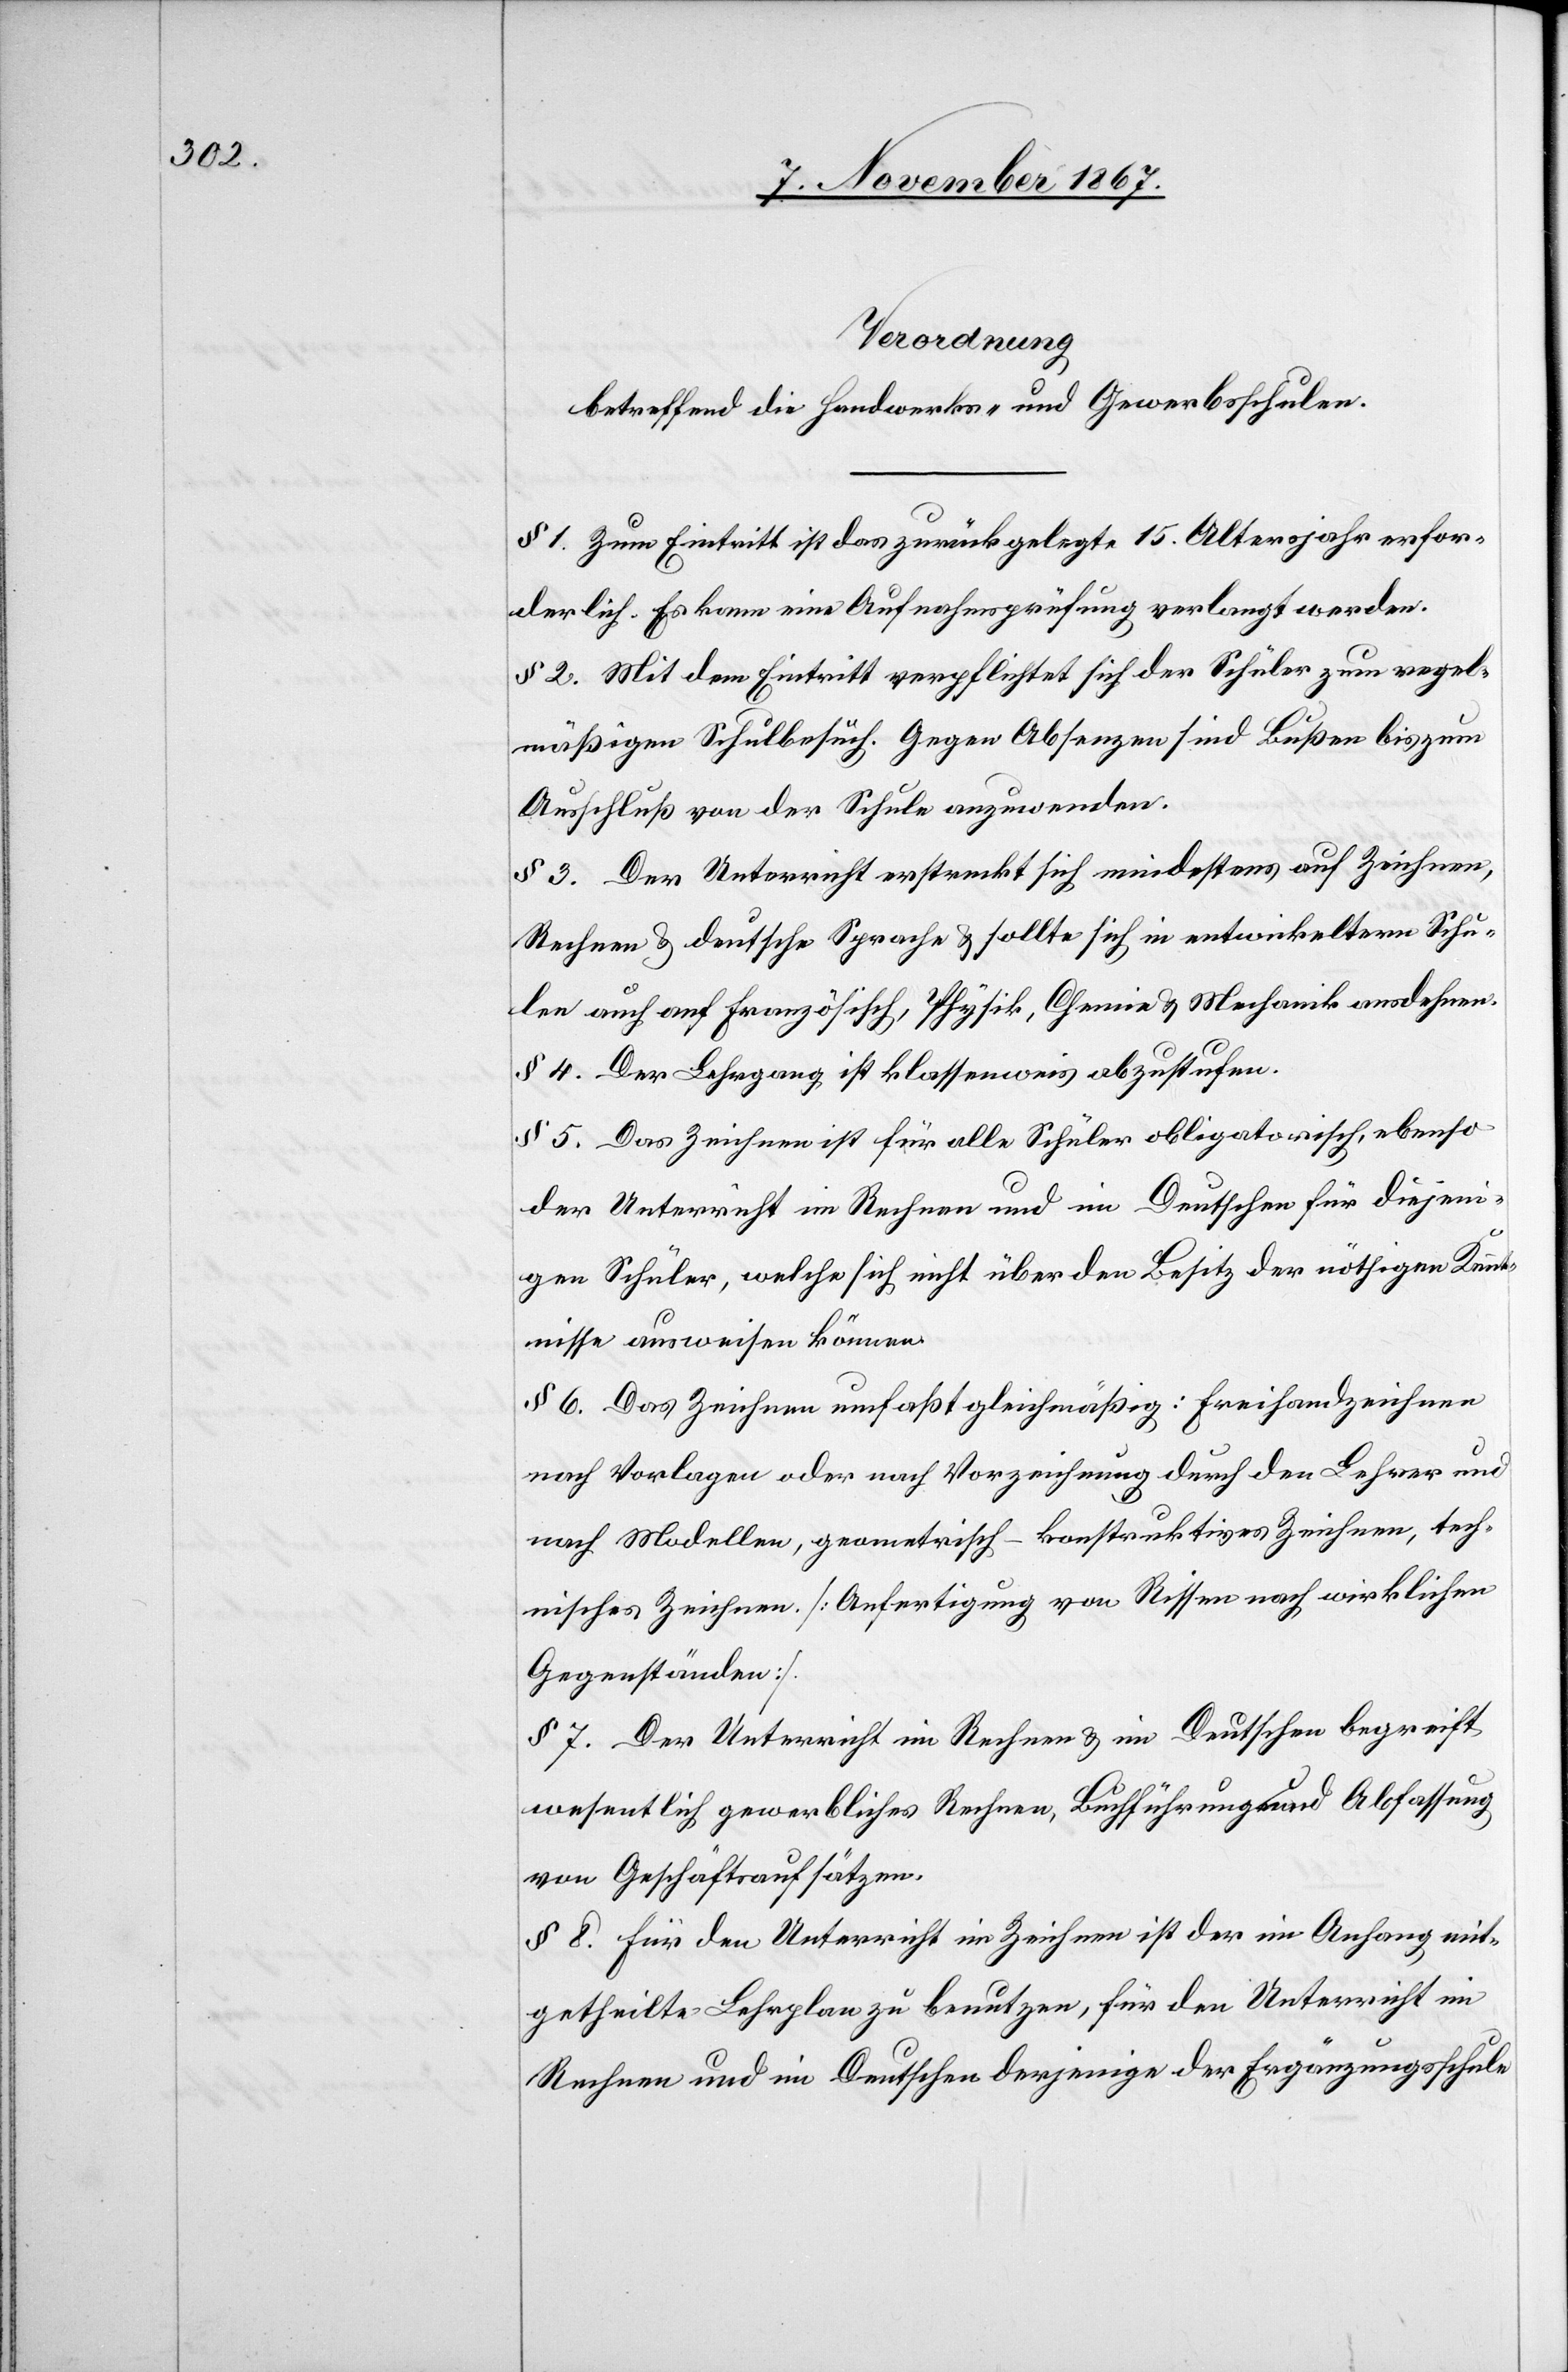
Verordnung
betreffend die Handwerks- und Gewerbsschulen.
§ 1. Zum Eintritt ist das zurückgelegte 15. Altersjahr erfor¬
derlich. Es kann eine Aufnahmsprüfung verlangt werden.
§ 2. Mit dem Eintritt verpflichtet sich der Schüler zum regel¬
mäßigen Schulbesuch. Gegen Absenzen sind Bußen bis zum
Ausschluß von der Schule anzuwenden.
§ 3. Der Unterricht erstreckt sich mindestens auf Zeichnen,
Rechnen u. deutsche Sprache u. sollte sich in entwickelten Schu¬
len auch auf Französisch, Physik, Chemie u. Mechanik ausdehnen.
§ 4. Der Lehrgang ist klassenweis abzustufen.
§ 5. Das Zeichnen ist für alle Schüler obligatorisch, ebenso
der Unterricht im Rechnen und im Deutschen für diejeni¬
gen Schüler, welche sich nicht über den Besitz der nöthigen Kennt¬
nisse ausweisen können.
§ 6. Das Zeichnen umfaßt gleichmäßig: Freihandzeichnen
nach Vorlagen oder nach Vorzeichnung durch den Lehrer und
nach Modellen, geometrisch-konstruktives Zeichnen, tech¬
nisches Zeichnen [Anfertigung von Rissen nach wirklichen
Gegenständen].
§ 7. Der Unterricht im Rechnen u. im Deutschen begreift
wesentlich gewerbliches Rechnen, Buchführung und Abfassung
von Geschäftsaufsätzen.
§ 8. Für den Unterricht im Zeichnen ist der im Anfang mit¬
getheilte Lehrplan zu benutzen, für den Unterricht im
Rechnen und im Deutschen derjenige der Ergänzungsschule